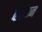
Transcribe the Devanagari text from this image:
व्हॅटीकन